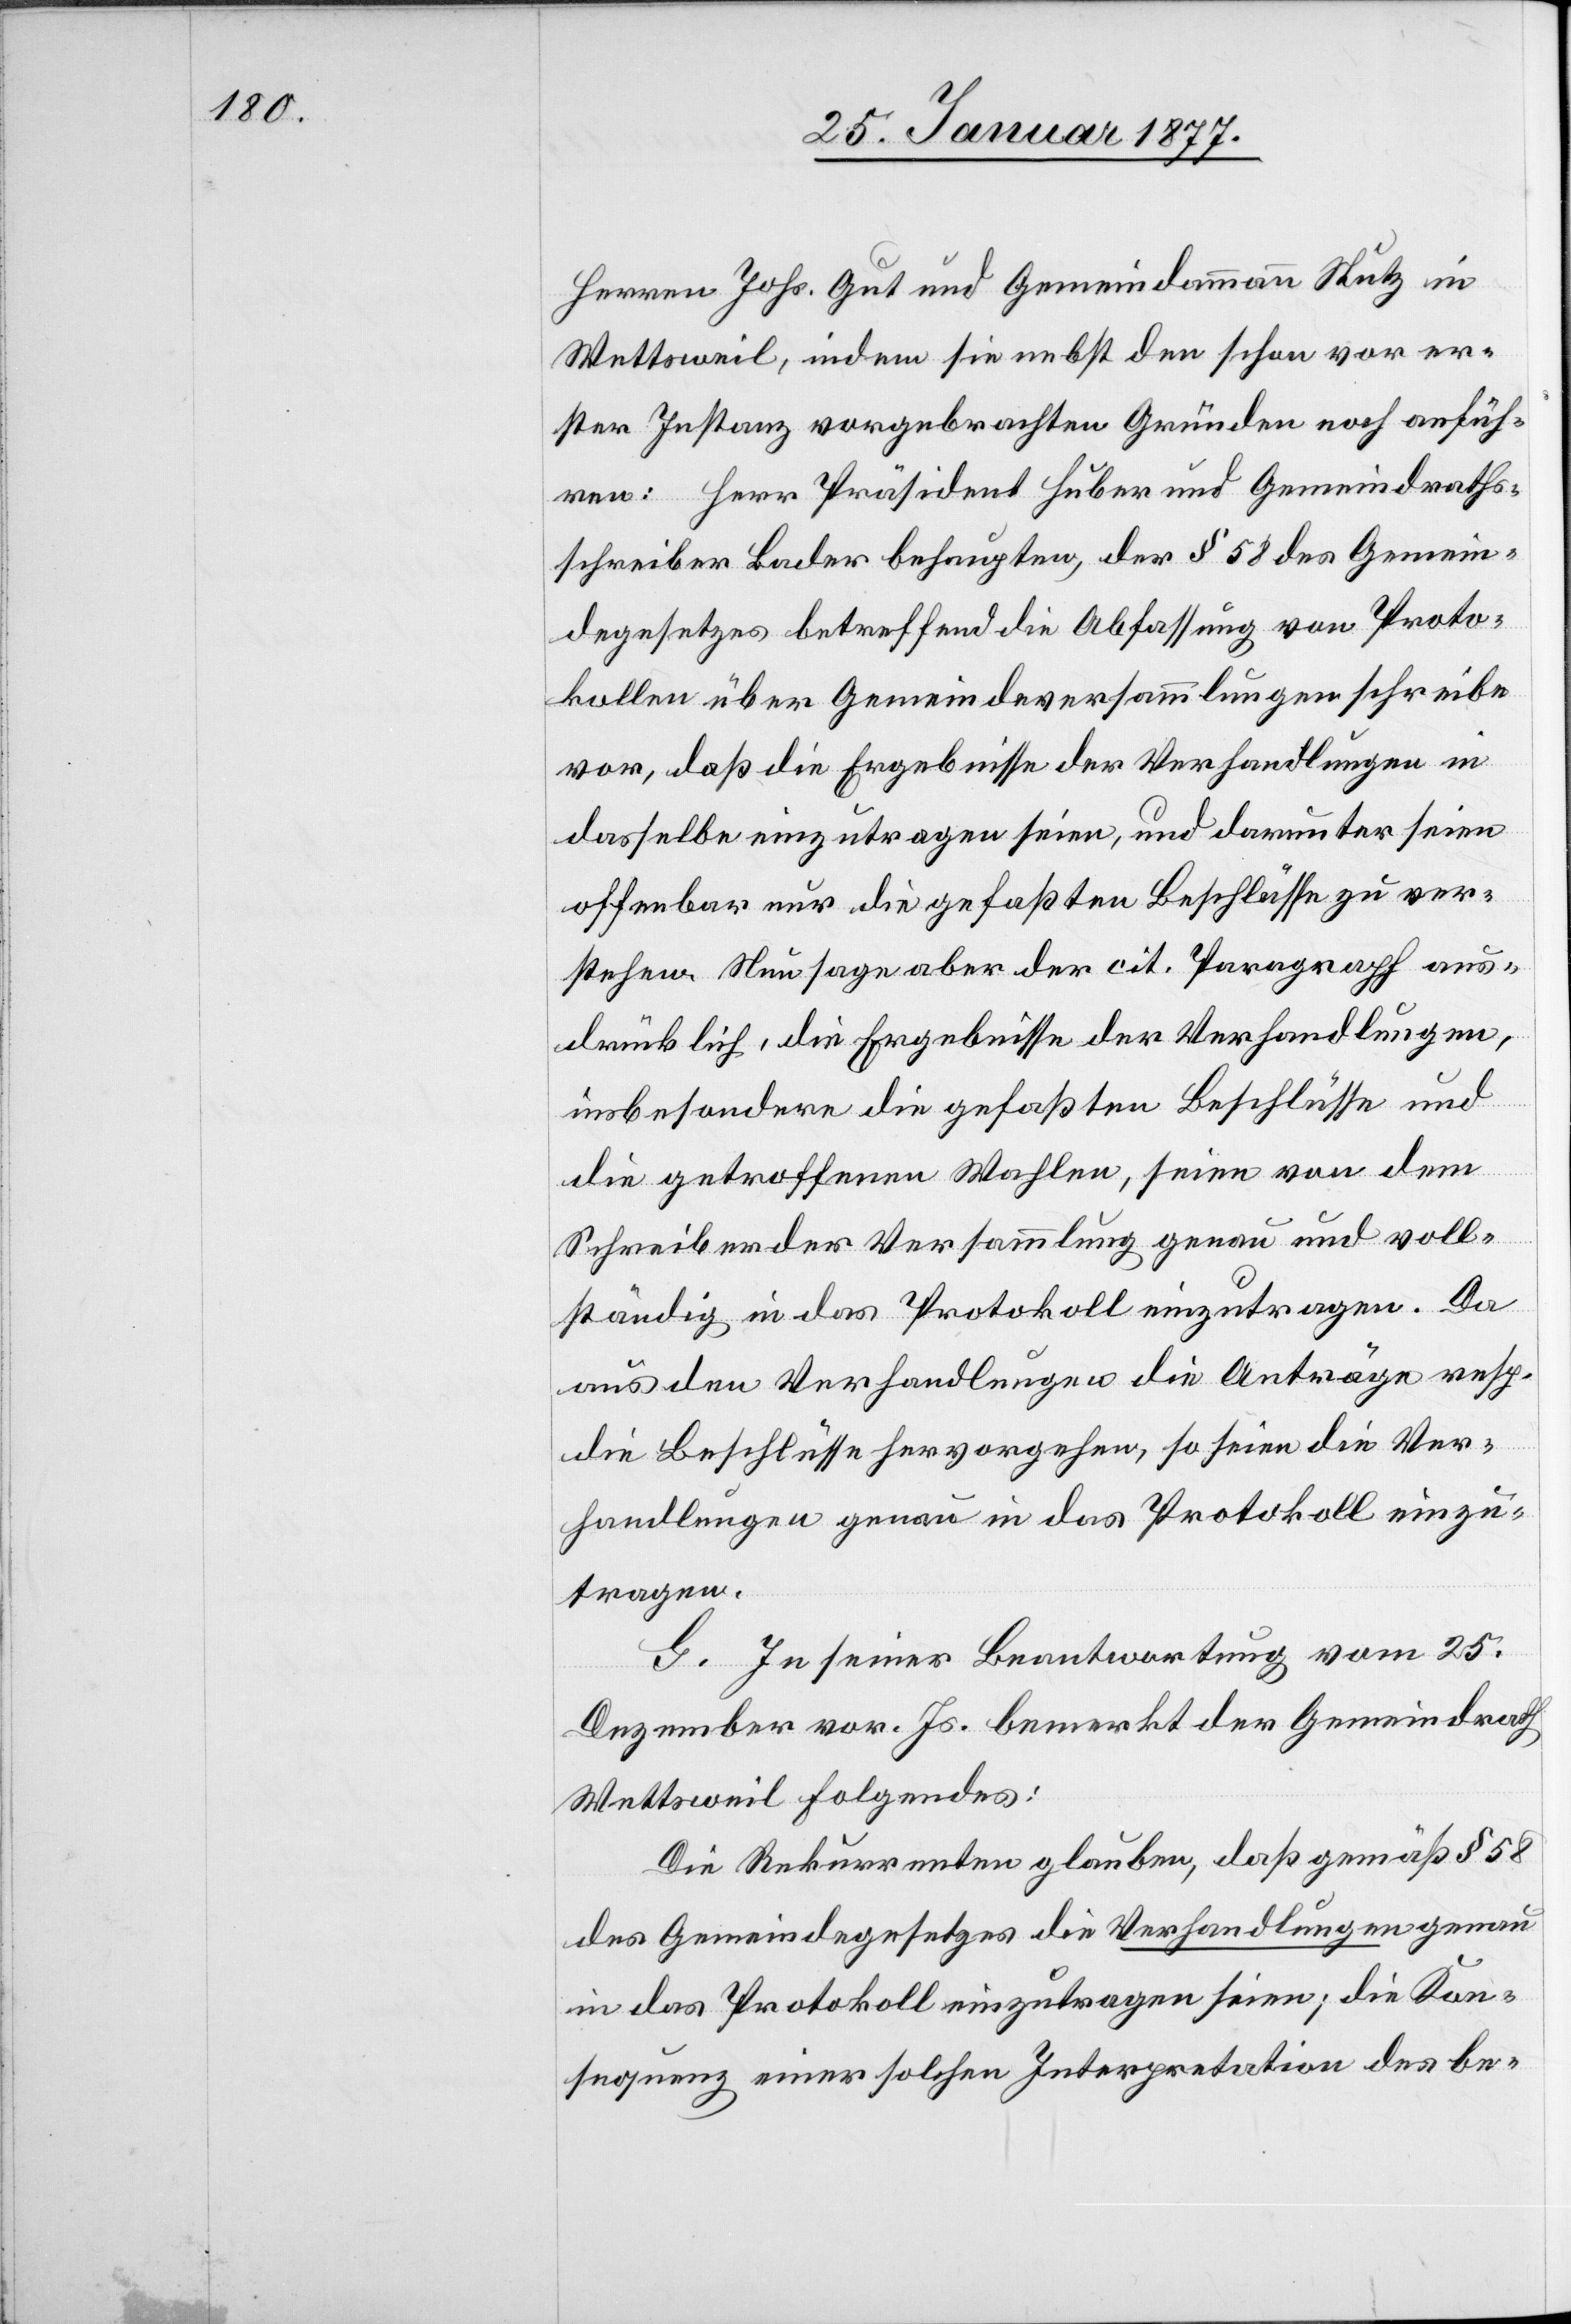
Herren Johs. Gut und Gemeindammann Stutz in
Wettsweil, indem sie nebst den schon vor er¬
ster Instanz vorgebrachten Gründen noch anfüh¬
ren: Herr Präsident Huber und Gemeindraths¬
schreiber Bader behaupten, der § 58 des Gemein¬
degesetzes betreffend die Abfassung von Proto¬
kollen über Gemeindeversammlungen schreibe
vor, daß die Ergebnisse der Verhandlungen in
dasselbe einzutragen seien, und darunter seien
offenbar nur die gefaßten Beschlüsse zu ver¬
stehen. Nun sage aber der cit. Paragraph aus¬
drücklich, die Ergebnisse der Verhandlungen,
insbesondere die gefaßten Beschlüsse und
die getroffenen Wahlen, seien von dem
Schreiber der Versammlung genau und voll¬
ständig in das Protokoll einzutragen. Da
aus den Verhandlungen die Anträge resp.
die Beschlüsse hervorgehen, so seien die Ver¬
handlungen genau in das Protokoll einzu¬
tragen.
G. In seiner Beantwortung vom 25.
Dezember vor. Js. bemerkt der Gemeindrath
Wettsweil Folgendes:
Die Rekurrenten glauben, daß gemäß § 58
des Gemeindegesetzes die Verhandlungen genau
in das Protokoll einzutragen seien; die Kon¬
sequenz einer solchen Interpretation des be-